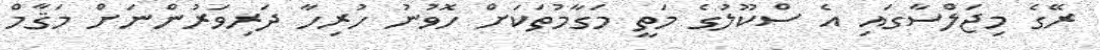
ރޭގެ މިޖަލްސާގައި އެ ސްކޫލުގެ މަތީ މަގާމުތަކަށް ހޮވުނު ހުރިހާ ދަރިވަރުންނަށް މަޤާމް